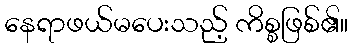
နေရာဖယ်မပေးသည့် ကိစ္စဖြစ်၏။